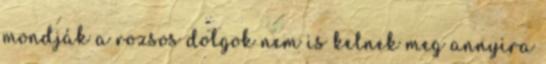
mondják a rozsos dolgok nem is kelnek meg annyira